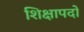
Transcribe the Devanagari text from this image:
शिक्षापदों